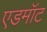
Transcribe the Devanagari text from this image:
एडमॉट